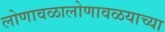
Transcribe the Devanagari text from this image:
लोणावळालोणावळयाच्या